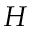
H